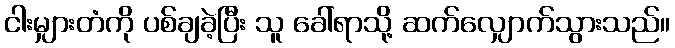
ငါးမျှားတံကို ပစ်ချခဲ့ပြီး သူ ခေါ်ရာသို့ ဆက်လျှောက်သွားသည်။